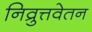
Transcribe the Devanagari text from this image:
निव्रुत्तवेतन